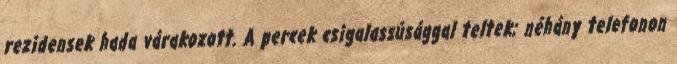
rezidensek hada várakozott. A percek csigalassúsággal teltek; néhány telefonon